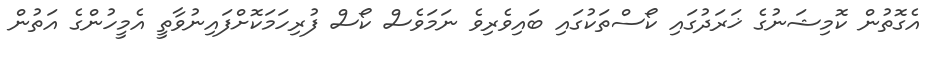
އެގޮތުން ކޮމިޝަނުގެ ޚަރަދުގައި ކޯސްތަކުގައި ބައިވެރިވެ ނަމަވެސް ކޯސް ފުރިހަމަކޮށްފައިނުވާތީ އެމީހުންގެ އަތުން